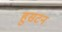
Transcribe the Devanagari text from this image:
हुसटन